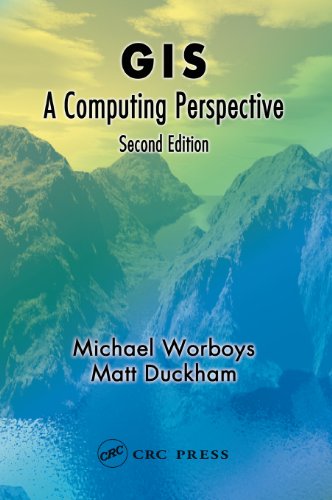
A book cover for GIS: A Computing Perspective, Second Edition; Michael F. Worboys; Science & Math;